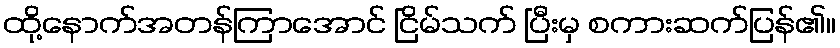
ထို့နောက်အတန်ကြာအောင် ငြိမ်သက် ပြီးမှ စကားဆက်ပြန်၏။